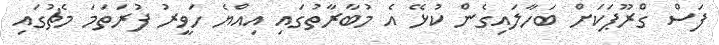
ފަސް ގްރޫޕަކަށް ބަހާލައިގެން ކުޅޭ އެ މުބާރާތުގައި އިއްޔެ ހަވީރު ފުރަތަމަ މެޗުގައި